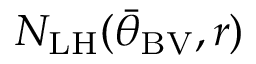
N _ { \mathrm { L H } } ( { \bar { \theta } } _ { \mathrm { B V } } , r )